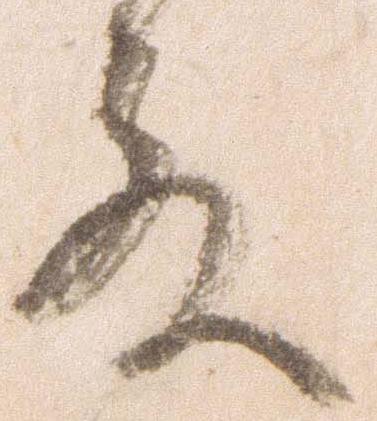
殿